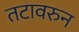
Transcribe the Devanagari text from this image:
तटावरुन